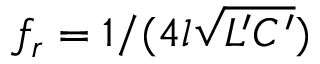
f _ { r } = 1 / ( 4 l \sqrt { L ^ { \prime } C ^ { \prime } } )